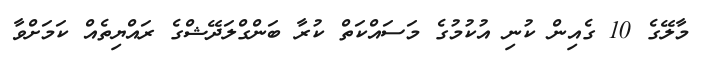
މާލޭގެ 10 ގެއިން ކުނި އުކުމުގެ މަސައްކަތް ކުރާ ބަންގްލަދޭޝްގެ ރައްޔިތެއް ކަމަށްވާ